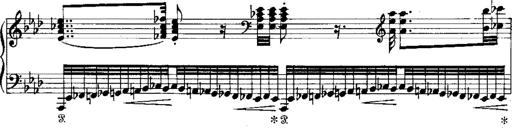
Title: Miserere du Trovatore
Composer: Franz Liszt